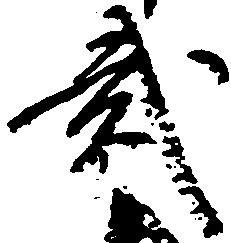
弐